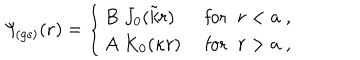
\Psi _ { \! \mathrm { ( g s ) } } ( { \bf r } ) = \left\{ \begin{array} { l r } { { B \; J _ { 0 } ( \tilde { k } r ) \; } } & { { \textrm { f o r } \; \; r < a \; , } } \\ { { A \; K _ { 0 } ( \kappa r ) \; } } & { { \textrm { f o r } \; \; r > a \; , } } \\ \end{array} \right. \;